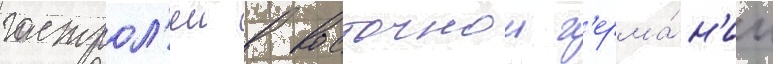
гастрол'еи в восточнои г'ерма́н'ии